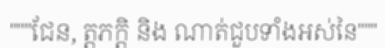
"""ជែន, ត្តភក្តិ និង ណាត់ជួបទាំងអស់នៃ"""